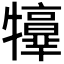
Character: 𤜃